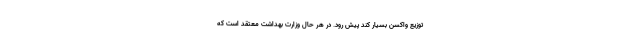
توزیع واکسن بسیار کُند پیش رود. در هر حال وزارت بهداشت معتقد است که